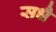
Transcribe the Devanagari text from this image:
सधै